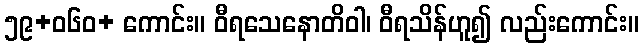
၅၉+ဝ၆၀+ ကောင်း။ ဝီရသေနောတိဝါ၊ ဝီရသိန်ဟူ၍ လည်းကောင်း။